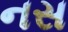
નસ